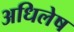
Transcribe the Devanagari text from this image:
अधिलेष